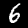
Digit: 6